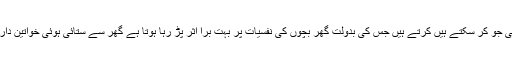
گالی گلوچ مار پیٹ، کردار کشی بہتان تراشی جو کر سکتے ہیں کرتے ہیں جس کی بدولت گھر بچوں کی نفسیات پر بہت برا اثر پڑ رہا ہوتا ہے گھر سے ستائی ہوئی خواتین دارالامان میں پناہ لینے پر مجبور ہو جاتی ہیں۔